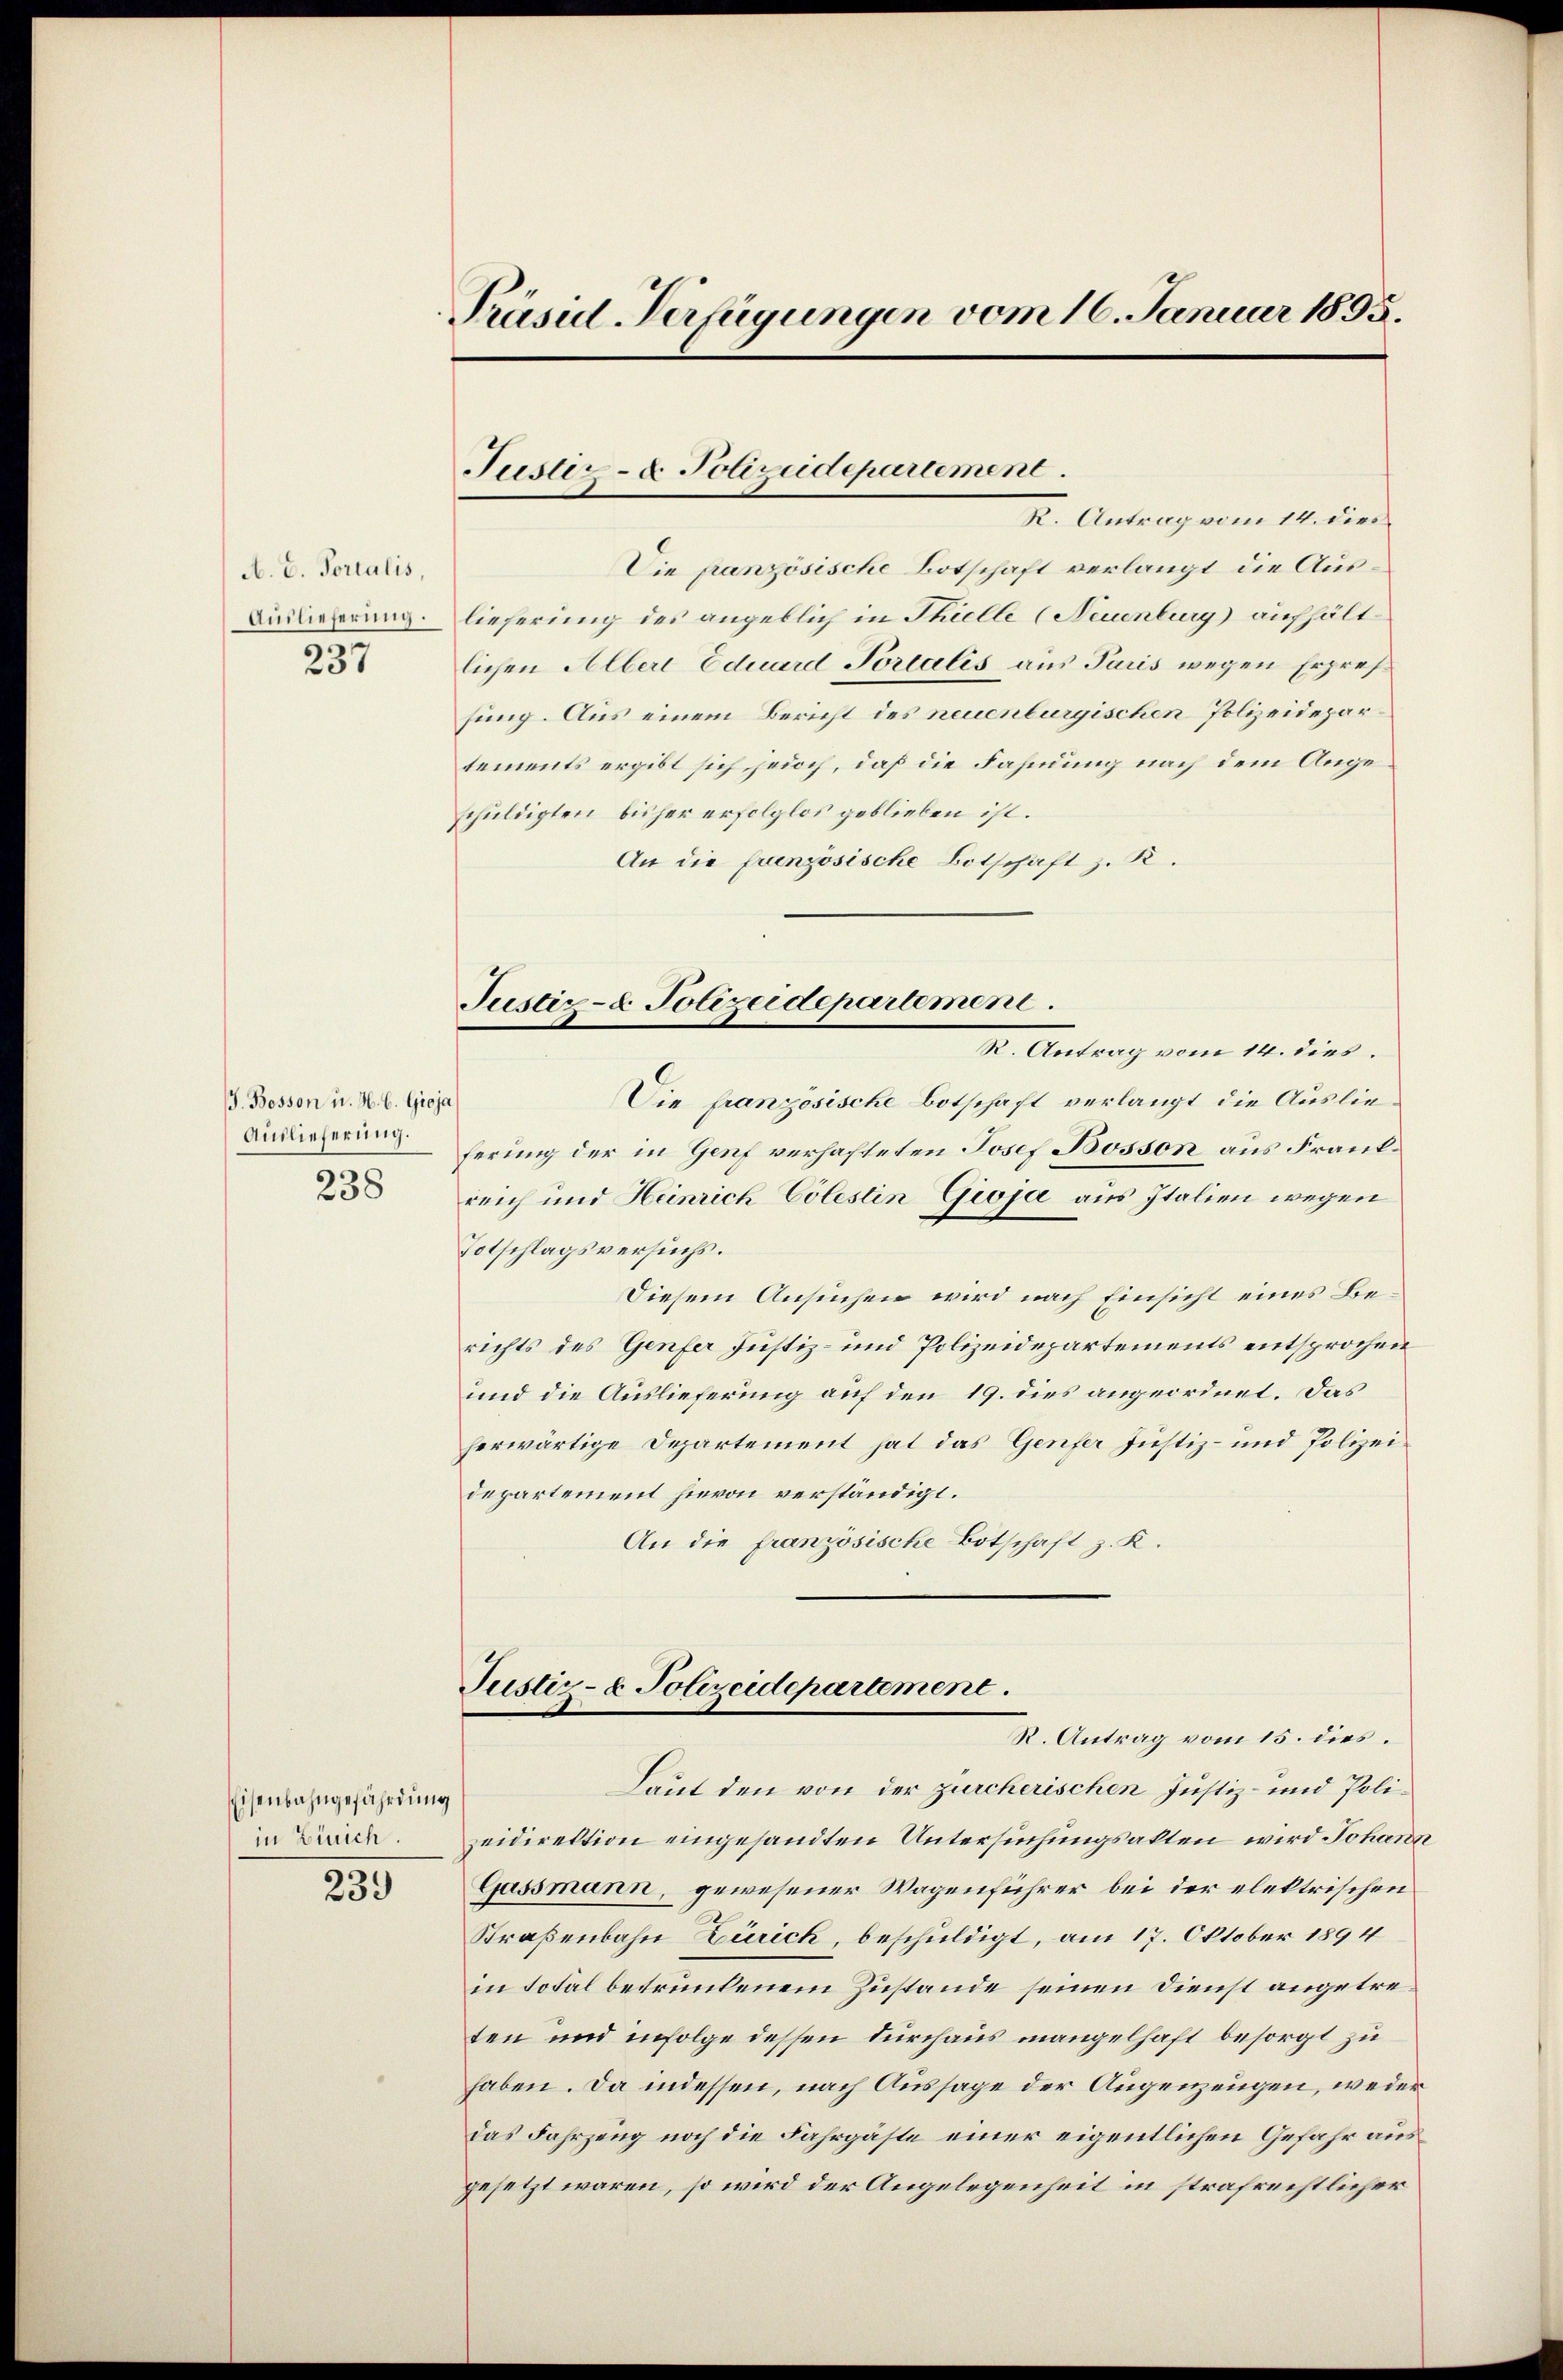
A. E. Forialis,
Auslieferung.
237

J. Bosson u. H. C. Gioja
Auslieferung.
238

Eisenbahngefährdung
in Zürch.

239

Präsul-Verfügungen vom 16. Januar 1895.

Jüster- u. Polizeidepartement
K. Antrag vom 14. dies

Justiz- & Polizeidepartement.

Die französische Botschaft verlangt die Auslieferung des angeblich in Thielte (Neuenburg aufhältlichen Alber Eduard Portalis aus Paris wegen Erpressung. Aus einem Bericht des neuenburgischen Polizeidepartements ergibt sich jedoch, daß die Fahmung nach dem Angeschuldigten büher erfolglos geblieben ist.
An die französische Botschaft z. R.
I. Antrag vom 14. dies
Die französische Botschaft verlangt die Auslieferung der in Genf verhafteten Josef Bosson aus Frankreich und Heinrich Cölestin Gioja aus Italien wegen
Totschlagsversuchs.
Diesem Ansuchen wird nach Einsicht eines Berichts des Genfer Justiz- und Polizeidepartements entsprochen
und die Auslieferung auf den 19. dies angeordnet. Das
herwärtige Departement hat das Genfer Justiz- und Polizeidepartement hievon verständigt.
An die französische Botschaft z. K.
Justiz- & Polizeidepartement.
R. Antrag vom 15. dies.
Laut den von der zürcherischen Justiz- und Polizeidirektion eingesandten Untersuchungsakten wird Johann
Gassmann, gewesener Wagenführer bei der elektrischen
Straßenbahn Zürich, beschuldigt, am 17. Oktober 1894
in Total betrunkenem Zustande seinen Dienst angetreten und infolge dessen durchaus mangelhaft besorgt zu
haben. Da indessen, nach Aussage der Augenzeugen, weder
das Fahrzeug noch die Fahrgäste einer eigentlichen Gefahr ausgesetzt waren, so wird der Angelegenheit in strafrechtlicher